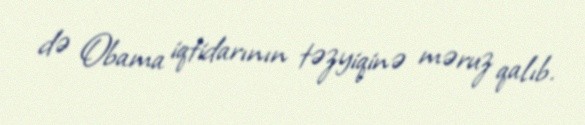
də Obama iqtidarının təzyiqinə məruz qalıb.